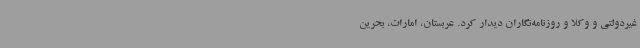
غیردولتی و وکلا و روزنامه‌نگاران دیدار کرد. عربستان، امارات، بحرین